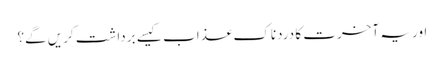
اور یہ آخرت کا دردناک عذاب کیسے برداشت کریں گے؟